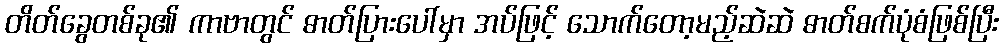
တိတ်ခွေတစ်ခု၏ ကာဗာတွင် ဓာတ်ပြားပေါ်မှာ အပ်ဖြင့် သောက်တော့မည့်ဆဲဆဲ ဓာတ်စက်ပုံစံဖြစ်ပြီး